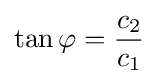
\tan \varphi ={\frac {c_{2}}{c_{1}}}